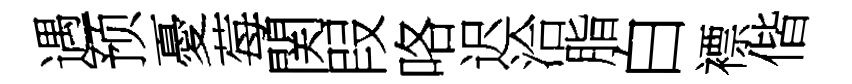
遇预憂莓関叚咯迟洽脂白褾偕